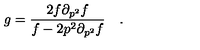
g = \frac { 2 f \partial _ { p ^ { 2 } } f } { f - 2 p ^ { 2 } \partial _ { p ^ { 2 } } f } \quad .